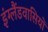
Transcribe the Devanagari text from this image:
इंग्लैंडवासियों